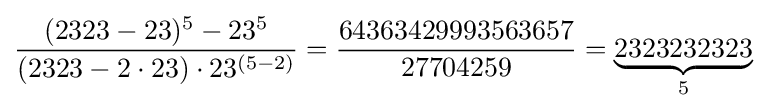
{\frac {(2323-23)^{5}-23^{5}}{(2323-2\cdot 23)\cdot 23^{(5-2)}}}={\frac {64363429993563657}{27704259}}=\underbrace {2323232323} _{5}